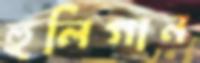
হুলিগান